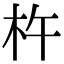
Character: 杵